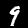
Digit: 9